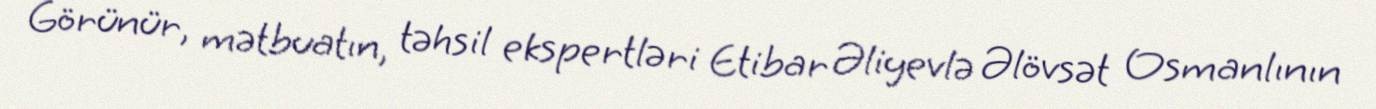
Görünür, mətbuatın, təhsil ekspertləri Etibar Əliyevlə Əlövsət Osmanlının